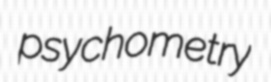
psychometry